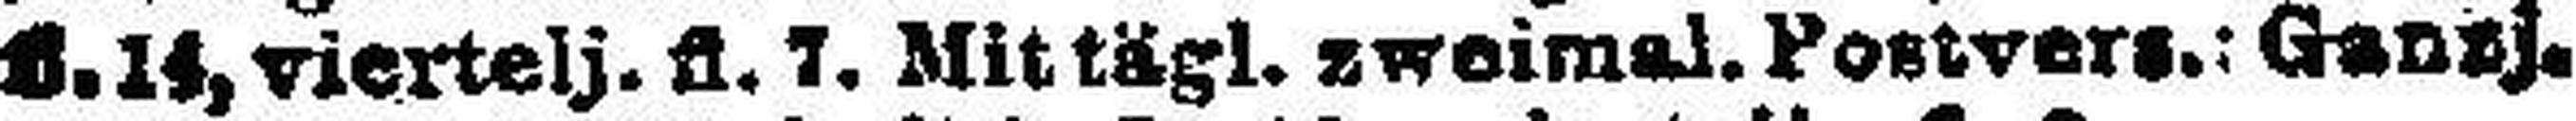
fl. 14, viertelj. fl. 7. Mittägl. zweimal. Postvers.: Ganzj.